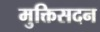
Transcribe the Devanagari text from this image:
मुक्तिसदन